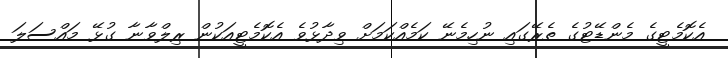
އެކޮމެޓީގެ މެންޑޭޓުގެ ތެރޭގައި ނުހިމެނޭ ކަމެއްކަމަށް ވިދާޅުވެ އެކޮމެޓީއަކުން ރިލްވާނާ ގުޅޭ މައްސަލަ